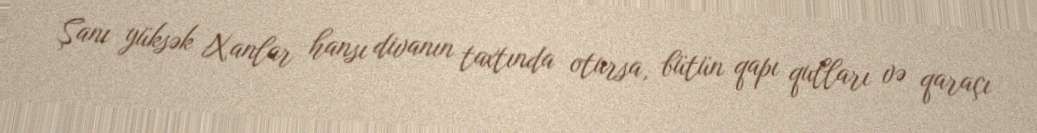
Şanı yüksək Xanlar hansı divanın taxtında otursa, bütün qapı qulları və qaraçı